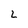
Character: L